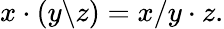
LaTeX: x\cdot(y\backslash z)=x/y\cdot z.